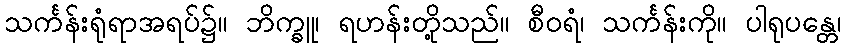
သင်္ကန်းရုံရာအရပ်၌။ ဘိက္ခူ၊ ရဟန်းတို့သည်။ စီဝရံ၊ သင်္ကန်းကို။ ပါရုပန္တေ၊